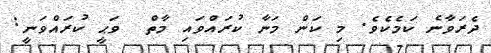
ދެރަވާނެ ކަމެކެވެ. މި ކަން މަނާ ކުރައްވައި މާތް  ވަޙީ ކުރައްވަނީ: